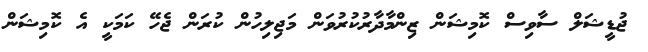
ޖުޑީޝަލް ސާވިސް ކޮމިޝަން ޒިންމާދާރުކުރުވަން މަޖިލިހުން ކުރަން ޖެހޭ ކަމަކީ އެ ކޮމިޝަން